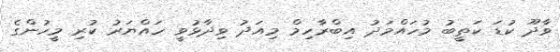
ވާދޫ ކުޑަ ކަތީބު މުހައްމަދު އިބްރާހިމް މިއަދު ވިދާޅުވީ ހައްޔަރު ކުރި މީހުންގެ